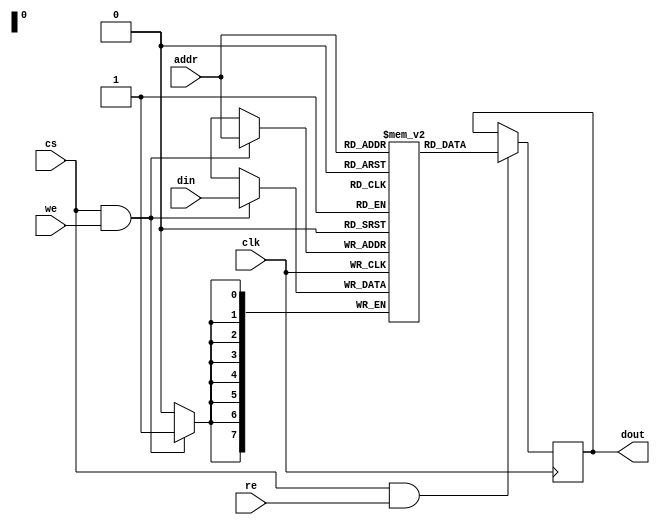
module sram #(
    parameter DATA_WIDTH = 8,   // Number of bits per word
    parameter ADDR_WIDTH = 8,    // Number of address bits
    parameter DEPTH = 256         // Number of words in the SRAM
)(
    input wire clk,               // Clock signal
    input wire cs,                // Chip Select
    input wire we,                // Write Enable
    input wire re,                // Read Enable
    input wire [ADDR_WIDTH-1:0] addr, // Address input
    input wire [DATA_WIDTH-1:0] din,  // Data input
    output reg [DATA_WIDTH-1:0] dout // Data output
);

    // Memory array
    reg [DATA_WIDTH-1:0] memory [0:DEPTH-1];

    // Write operation
    always @(posedge clk) begin
        if (cs && we) begin
            memory[addr] <= din; // Write data to memory
        end
    end

    // Read operation
    always @(negedge clk) begin
        if (cs && re) begin
            dout <= memory[addr]; // Read data from memory
        end
    end

    // Testability features (BIST)
    // Simple BIST logic can be added here, for example:
    // - A self-test mode to write known patterns and verify the read values.
    // - Test access ports can be defined as needed.

endmodule